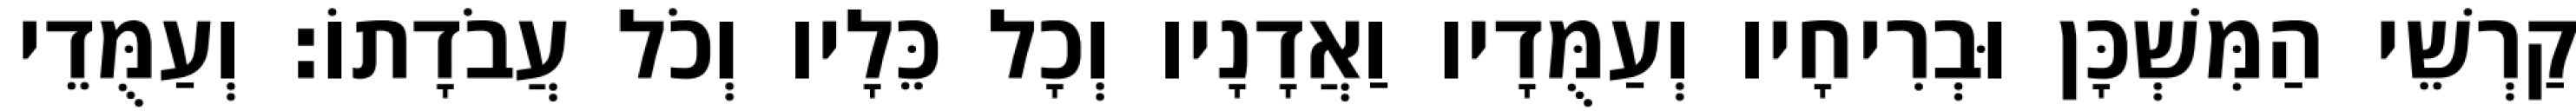
קַרְשֵׁי הַמִּשְׁכָּן וּבְרִיחָיו וְעַמֻּדָיו וַאֲדָנָיו וְכָל כֵּלָיו וְכֹל עֲבֹדָתוֹ׃ וְעַמֻּדֵי